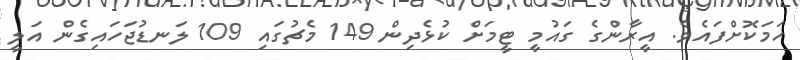
ހަމަކޮށްފައެވެ. އީރާންގެ ގައުމީ ޓީމަށް ކުޅެދިން 149 މެޗުގައި 109 ލަނޑުޖަހައިގެން އަލީ